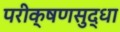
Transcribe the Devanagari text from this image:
परीक्षणसुद्धा